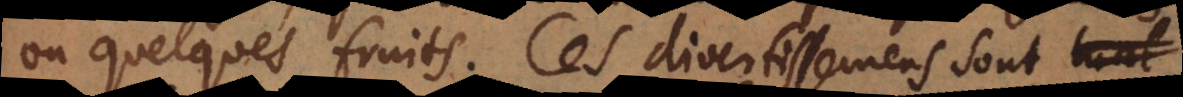
ou quelques fruits. Ces divertissemens sont